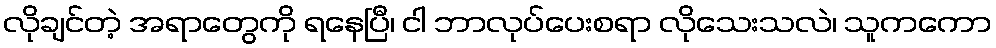
လိုချင်တဲ့ အရာတွေကို ရနေပြီ၊ ငါ ဘာလုပ်ပေးစရာ လိုသေးသလဲ၊ သူကကော